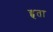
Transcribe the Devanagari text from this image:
हृता